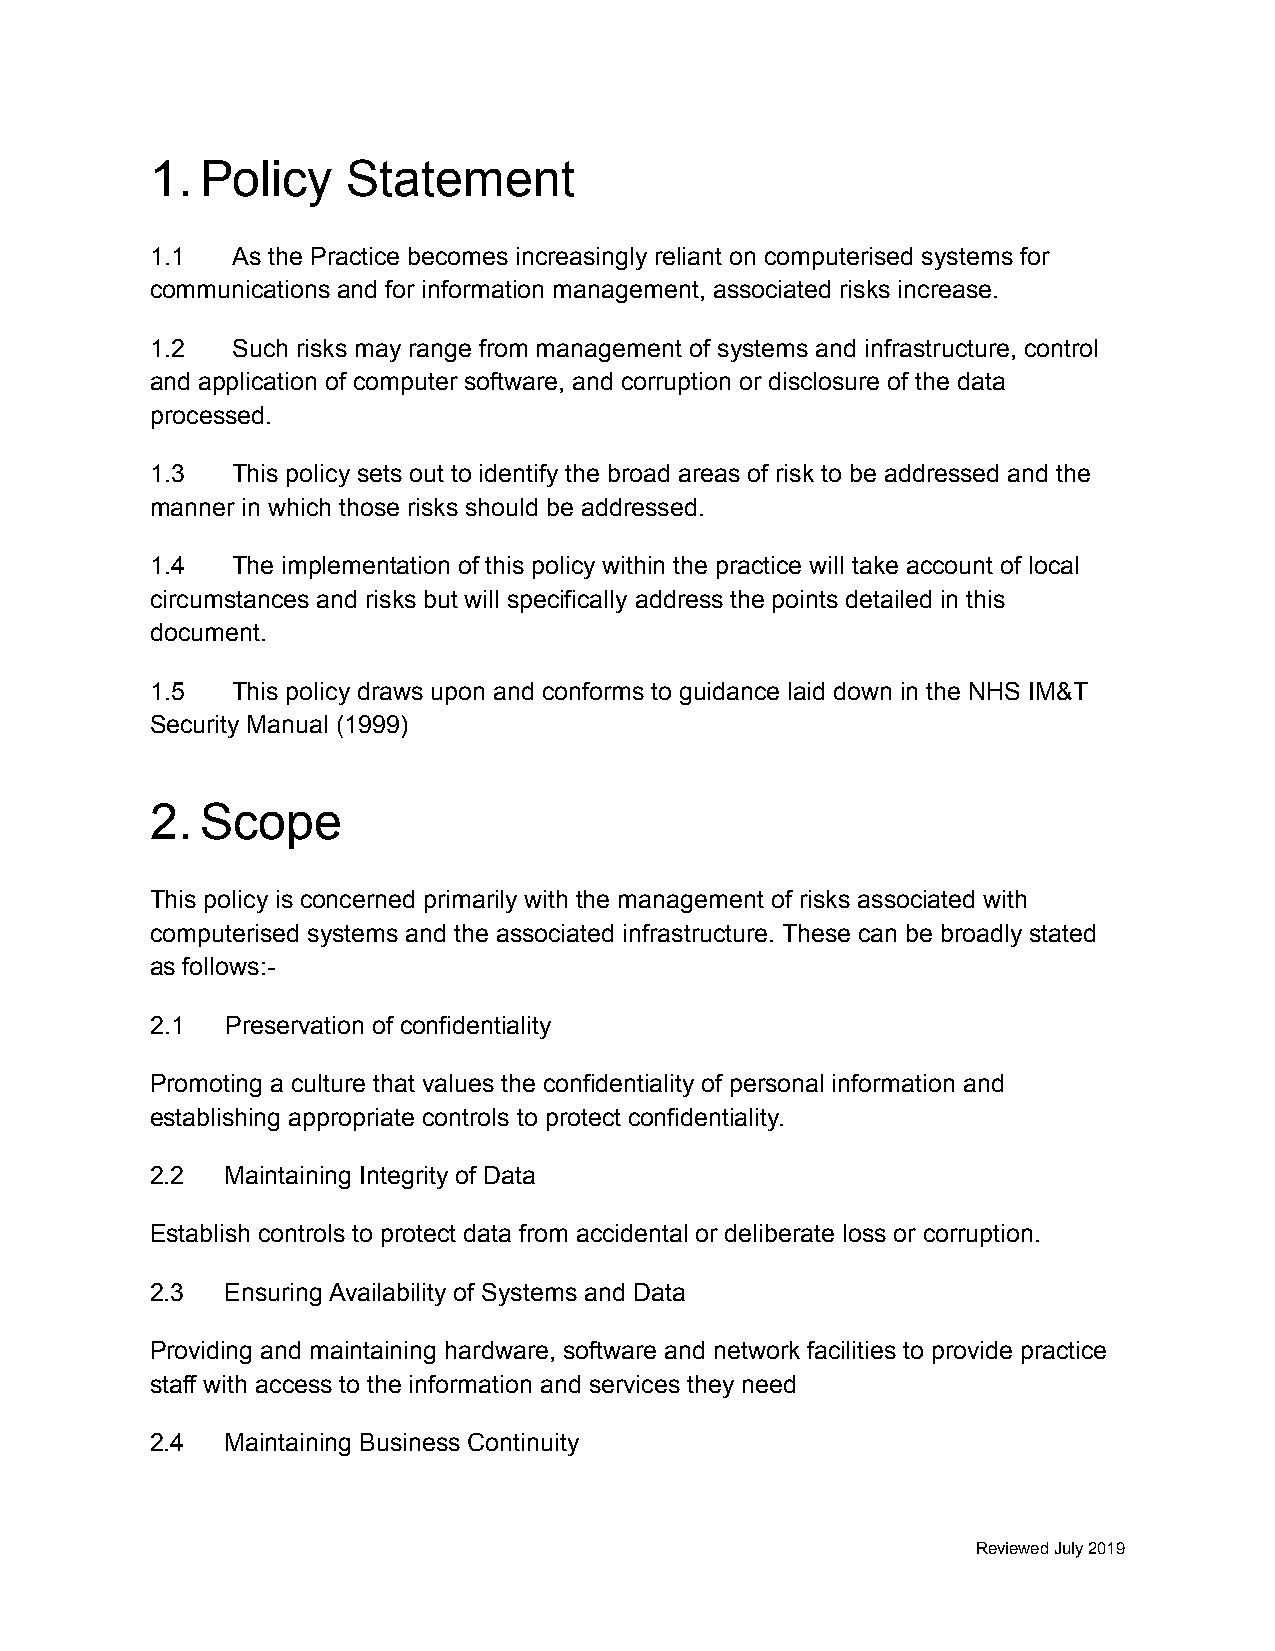
1. Policy    Statement
 1.1  As the Practice becomes increasingly reliant on computerised systems for
 communications and for information management, associated risks increase.
 1.2  Such risks may range from management of systems and infrastructure, control
 and application of computer software, and corruption or disclosure of the data
 processed.
 1.3  This policy sets out to identify the broad areas of risk to be addressed and the
 manner in which those risks should be addressed.
 1.4  The implementation of this policy within the practice will take account of local
 circumstances and risks but will specifically address the points detailed in this
 document.
 1.5  This policy draws upon and conforms to guidance laid down in the NHS IM&T
 Security Manual (1999)
 2. Scope
 This policy is concerned primarily with the management of risks associated with
 computerised systems and the associated infrastructure. These can be broadly stated
 as follows:-
 2.1  Preservation of confidentiality
 Promoting a culture that values the confidentiality of personal information and
 establishing appropriate controls to protect confidentiality.
 2.2  Maintaining Integrity of Data
 Establish controls to protect data from accidental or deliberate loss or corruption.
 2.3  Ensuring Availability of Systems and Data
 Providing and maintaining hardware, software and network facilities to provide practice
 staff with access to the information and services they need
 2.4  Maintaining Business Continuity
 Reviewed July 2019